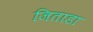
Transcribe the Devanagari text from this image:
जिताडा